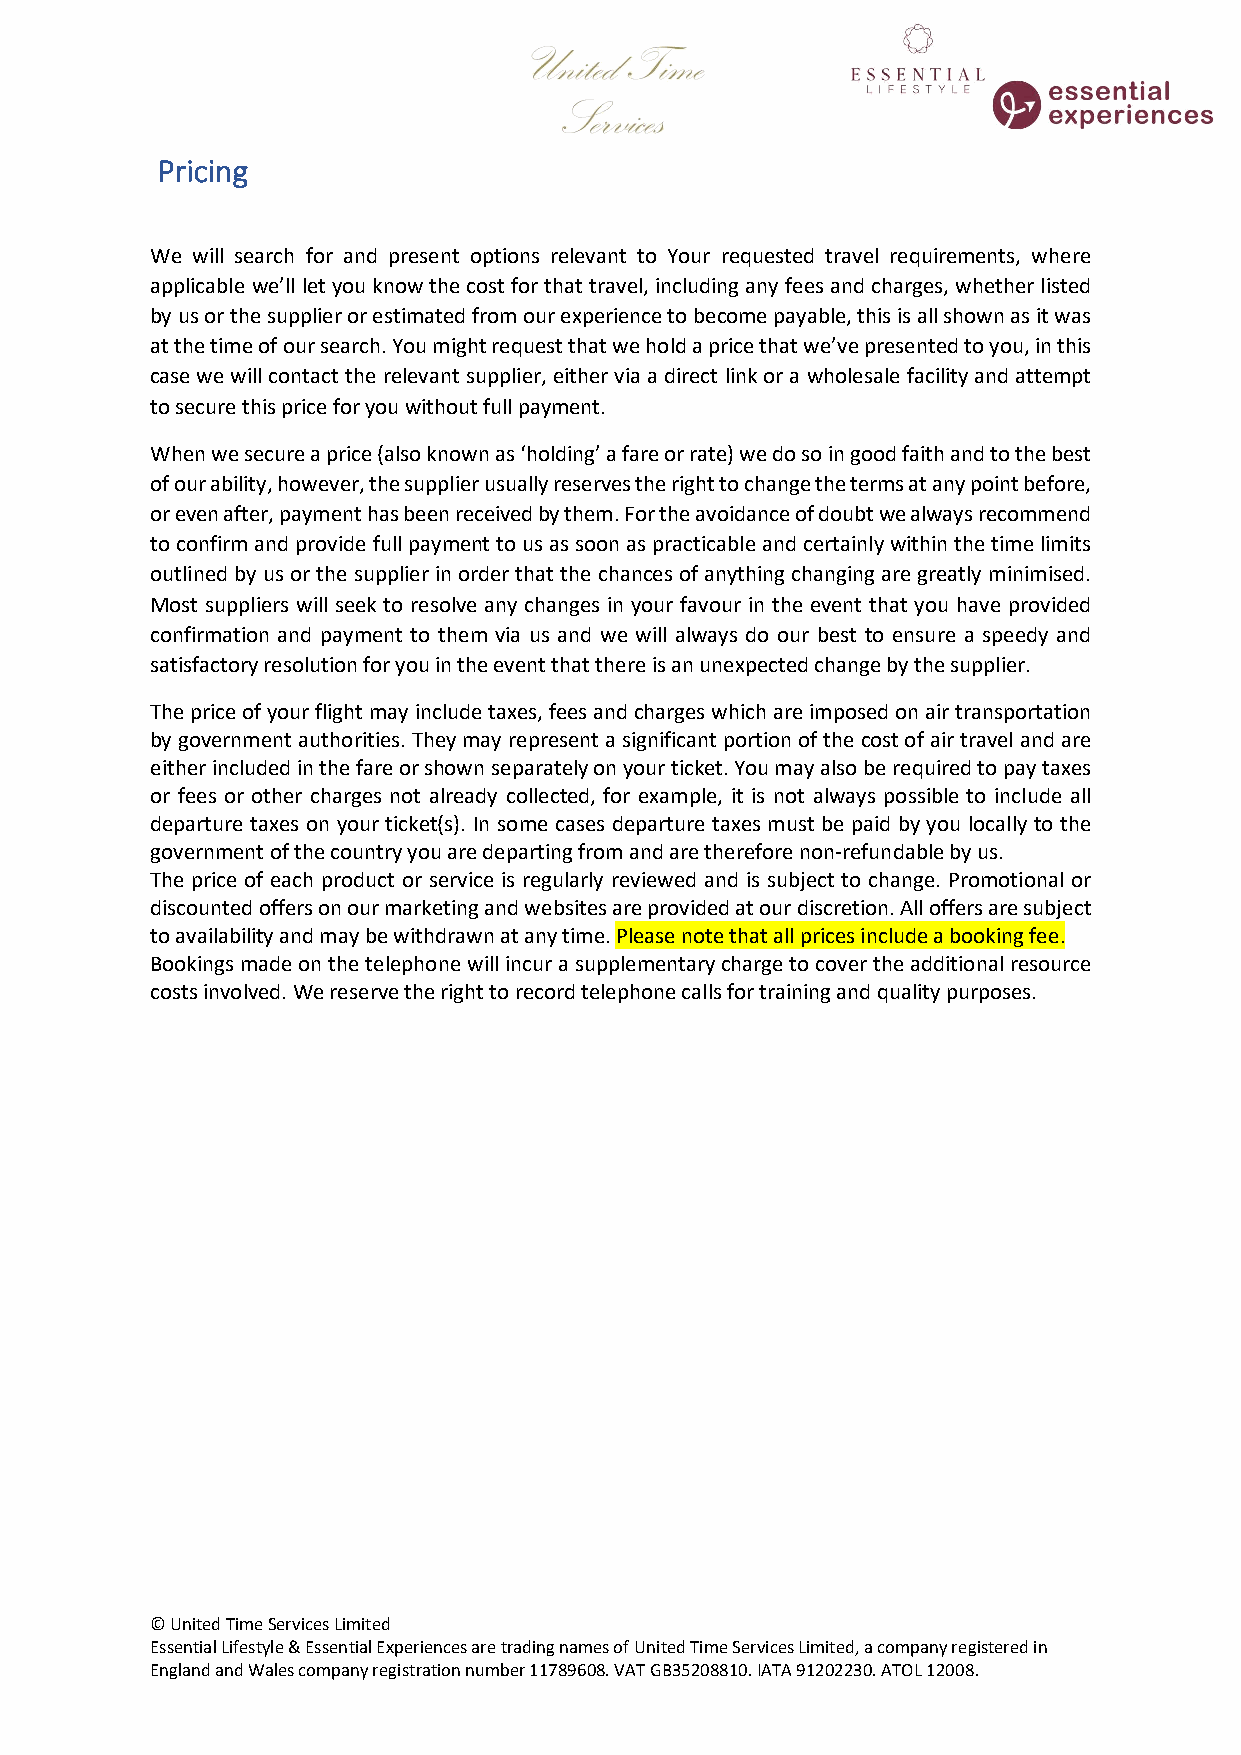
Pricing
 We will search for and present options relevant to Your requested travel requirements, where
 applicable we’ll let you know the cost for that travel, including any fees and charges, whether listed
 by us or the supplier or estimated from our experience to become payable, this is all shown as it was
 at the time of our search. You might request that we hold a price that we’ve presented to you, in this
 case we will contact the relevant supplier, either via a direct link or a wholesale facility and attempt
 to secure this price for you without full payment.
 When we secure a price (also known as ‘holding’ a fare or rate) we do so in good faith and to the best
 of our ability, however, the supplier usually reserves the right to change the terms at any point before,
 or even after, payment has been received by them. For the avoidance of doubt we always recommend
 to confirm and provide full payment to us as soon as practicable and certainly within the time limits
 outlined by us or the supplier in order that the chances of anything changing are greatly minimised.
 Most suppliers will seek to resolve any changes in your favour in the event that you have provided
 confirmation and payment to them via us and we will always do our best to ensure a speedy and
 satisfactory resolution for you in the event that there is an unexpected change by the supplier.
 The price of your flight may include taxes, fees and charges which are imposed on air transportation
 by government authorities. They may represent a significant portion of the cost of air travel and are
 either included in the fare or shown separately on your ticket. You may also be required to pay taxes
 or fees or other charges not already collected, for example, it is not always possible to include all
 departure taxes on your ticket(s). In some cases departure taxes must be paid by you locally to the
 government of the country you are departing from and are therefore non-refundable by us.
 The price of each product or service is regularly reviewed and is subject to change. Promotional or
 discounted offers on our marketing and websites are provided at our discretion. All offers are subject
 to availability and may be withdrawn at any time. Please note that all prices include a booking fee.
 Bookings made on the telephone will incur a supplementary charge to cover the additional resource
 costs involved. We reserve the right to record telephone calls for training and quality purposes.
 © United Time Services Limited
 Essential Lifestyle & Essential Experiences are trading names of United Time Services Limited, a company registered in
 England and Wales company registration number 11789608. VAT GB35208810. IATA 91202230. ATOL 12008.